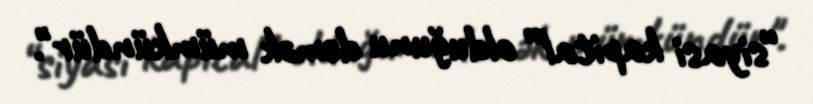
“siyasi kapital” olduğunu demək mümkündür".